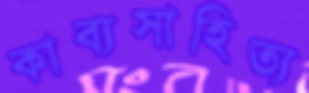
কাব্যসাহিত্য